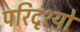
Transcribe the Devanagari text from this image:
परिदृश्‍यो